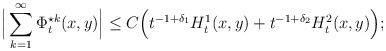
LaTeX: \begin{align*}\Big|\sum_{k=1}^\infty \Phi_t^{\star k}(x,y)\Big|\leq C \Big(t^{-1+\delta_1} H_t^1(x,y)+ t^{-1+\delta_2} H_t^2(x,y)\Big);\end{align*}